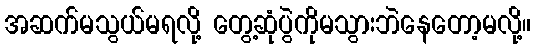
အဆက်မသွယ်မရလို့ တွေ့ဆုံပွဲကိုမသွားဘဲနေတော့မလို့။